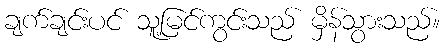
ချက်ချင်းပင် သူ့မြင်ကွင်းသည် မှိန်သွားသည်။